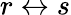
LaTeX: r\leftrightarrow s